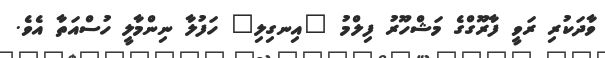
ވާދަކުރި ރަވީ ފާރޫގްގެ މަޝްހޫރު ފިލްމު "އިނގިލި" ހަފުލާ ނިންމާލީ ހުސްއަތާ އެވެ.